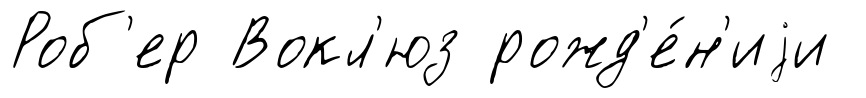
Роб'ер Вокл'юз рожд'е́н'иjи